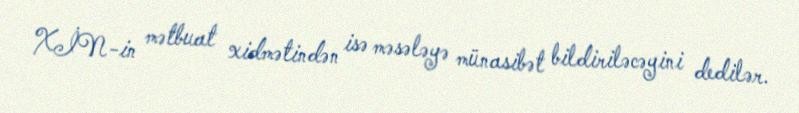
XİN-in mətbuat xidmətindən isə məsələyə münasibət bildiriləcəyini dedilər.